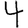
Digit: 4